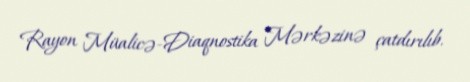
Rayon Müalicə-Diaqnostika Mərkəzinə çatdırılıb.